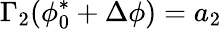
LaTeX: \Gamma_{2}(\phi_{0}^{*}+\Delta\phi)=a_{2}